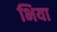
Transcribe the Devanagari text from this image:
भिया